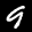
Label: 9